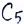
Text: C5